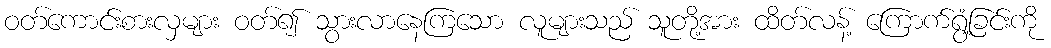
ဝတ်ကောင်းစားလှများ ဝတ်၍ သွားလာနေကြသော လူများသည် သူတို့အား ထိတ်လန့် ကြောက်ရွံ့ခြင်းကို